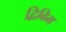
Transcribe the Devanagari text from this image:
द्विबिम